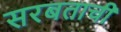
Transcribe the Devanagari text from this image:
सरबताची